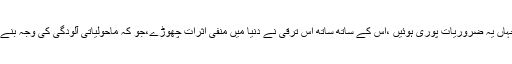
جہاں یہ ضروریات پوری ہوئیں ،اس کے ساتھ ساتھ اس ترقی نے دنیا میں منفی اثرات چھوڑے،جو کہ ماحولیاتی آلودگی کی وجہ بنے ۔